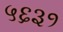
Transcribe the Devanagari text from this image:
५६३१